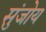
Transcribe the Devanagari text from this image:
सुंजोय